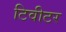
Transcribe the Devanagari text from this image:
टिवीटर